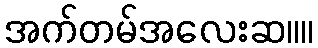
အက်တမ်အလေးဆ။။